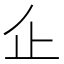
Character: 𠂛